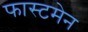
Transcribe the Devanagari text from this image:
फास्टमेन